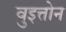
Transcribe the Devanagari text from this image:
वुइत्तोन